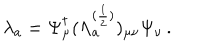
LaTeX: \lambda _ { a } = \Psi _ { \mu } ^ { \dagger } ( \Lambda _ { a } ^ { ( \frac { 1 } { 2 } ) } ) _ { \mu \nu } \Psi _ { \nu } \, .